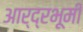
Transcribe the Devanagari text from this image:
आर्द्रभूमी